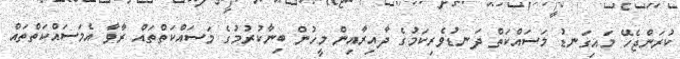
ކުރަންޖެހޭ މައިގަނޑު މަސައްކަތް ދަނޑުވެރިކަމުގެ ދާއިރާއިން މީހުން ބިނާކުރުމުގެ މަސައްކަތްތައް ރާވާ އެމަސައްކަތްތައް